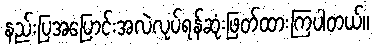
နည်းပြအပြောင်းအလဲလုပ်ရန်ဆုံးဖြတ်ထားကြပါတယ်။